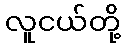
လူငယ်တို့